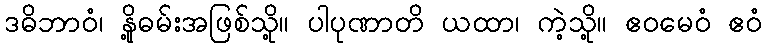
ဒဓိဘာဝံ၊ နို့ဓမ်းအဖြစ်သို့။ ပါပုဏာတိ ယထာ၊ ကဲ့သို့။ ဧဝမေဝံ ဧဝံ